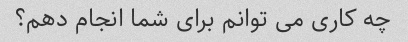
چه کاری می توانم برای شما انجام دهم؟